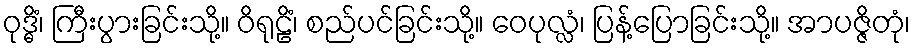
ဝုဒ္ဓိံ၊ ကြီးပွားခြင်းသို့။ ဝိရုဠိံ၊ စည်ပင်ခြင်းသို့။ ဝေပုလ္လံ၊ ပြန့်ပြောခြင်းသို့။ အာပဇ္ဇိတုံ၊